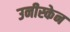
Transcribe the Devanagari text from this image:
उनीस्केन